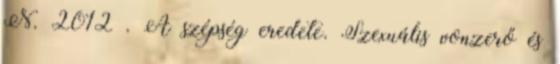
N. 2012 . A szépség eredete. Szexuális vonzerő és